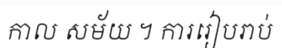
កាល សម័យ ។ ការរៀបរាប់